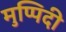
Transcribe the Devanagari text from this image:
मुप्पिदी